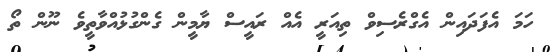
ހަމަ އެފަދައިން އެގްރެސިވް ތިއަރީ އެއް ރައީސް ޔާމީން ގެންގުޅުއްވާތީވެ ނޫން ތޯ